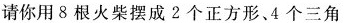
请你用8根火柴摆成2个正方形、4个三角